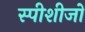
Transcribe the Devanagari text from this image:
स्पीशीजों